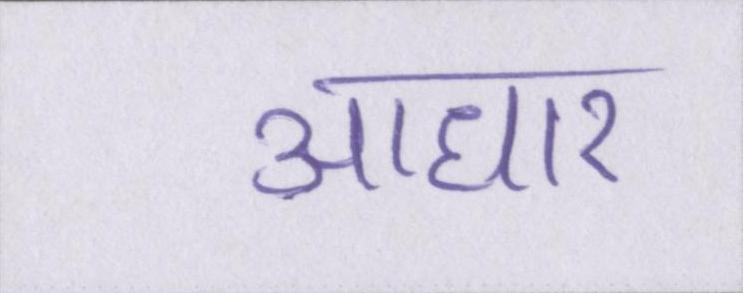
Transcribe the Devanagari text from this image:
आधार